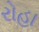
રોહા